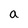
Character: a